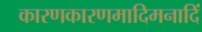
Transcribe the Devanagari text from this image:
कारणकारणमादिमनादिं